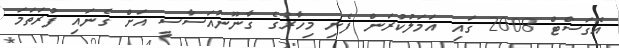
އޮގަސްޓް 2008 ގައި އަމަލުކުރަން ފެށި މިހާރުގެ ގާނޫނުއަސާސީ އަށް ގެނައި ފުރަތަމަ